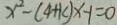
x ^ { 2 } - ( 4 + k ) x - 1 = 0